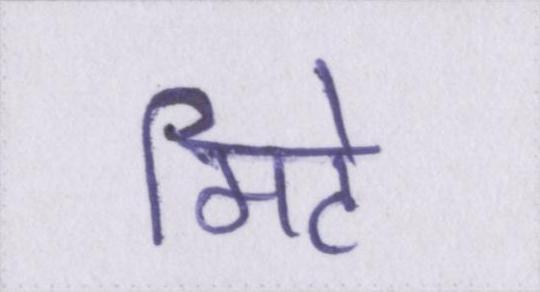
मिटे